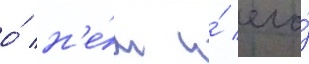
о́ н'е́м и́ его́